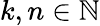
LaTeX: k,n\in\mathbb{N}